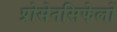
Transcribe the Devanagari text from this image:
प्रोसेनसिफेलों